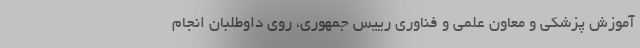
آموزش پزشکی و معاون علمی و فناوری رییس جمهوری، روی داوطلبان انجام